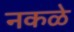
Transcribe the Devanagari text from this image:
नकळे